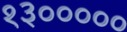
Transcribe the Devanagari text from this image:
१३०००००